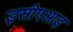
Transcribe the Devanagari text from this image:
इसीएआइ